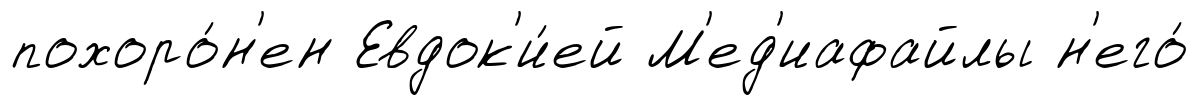
похоро́н'ен Евдок'и́ей М'ед'иафайлы н'его́